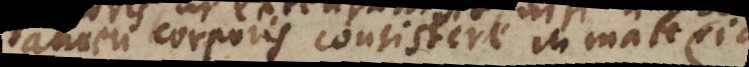
tamen corporis consistere in materia